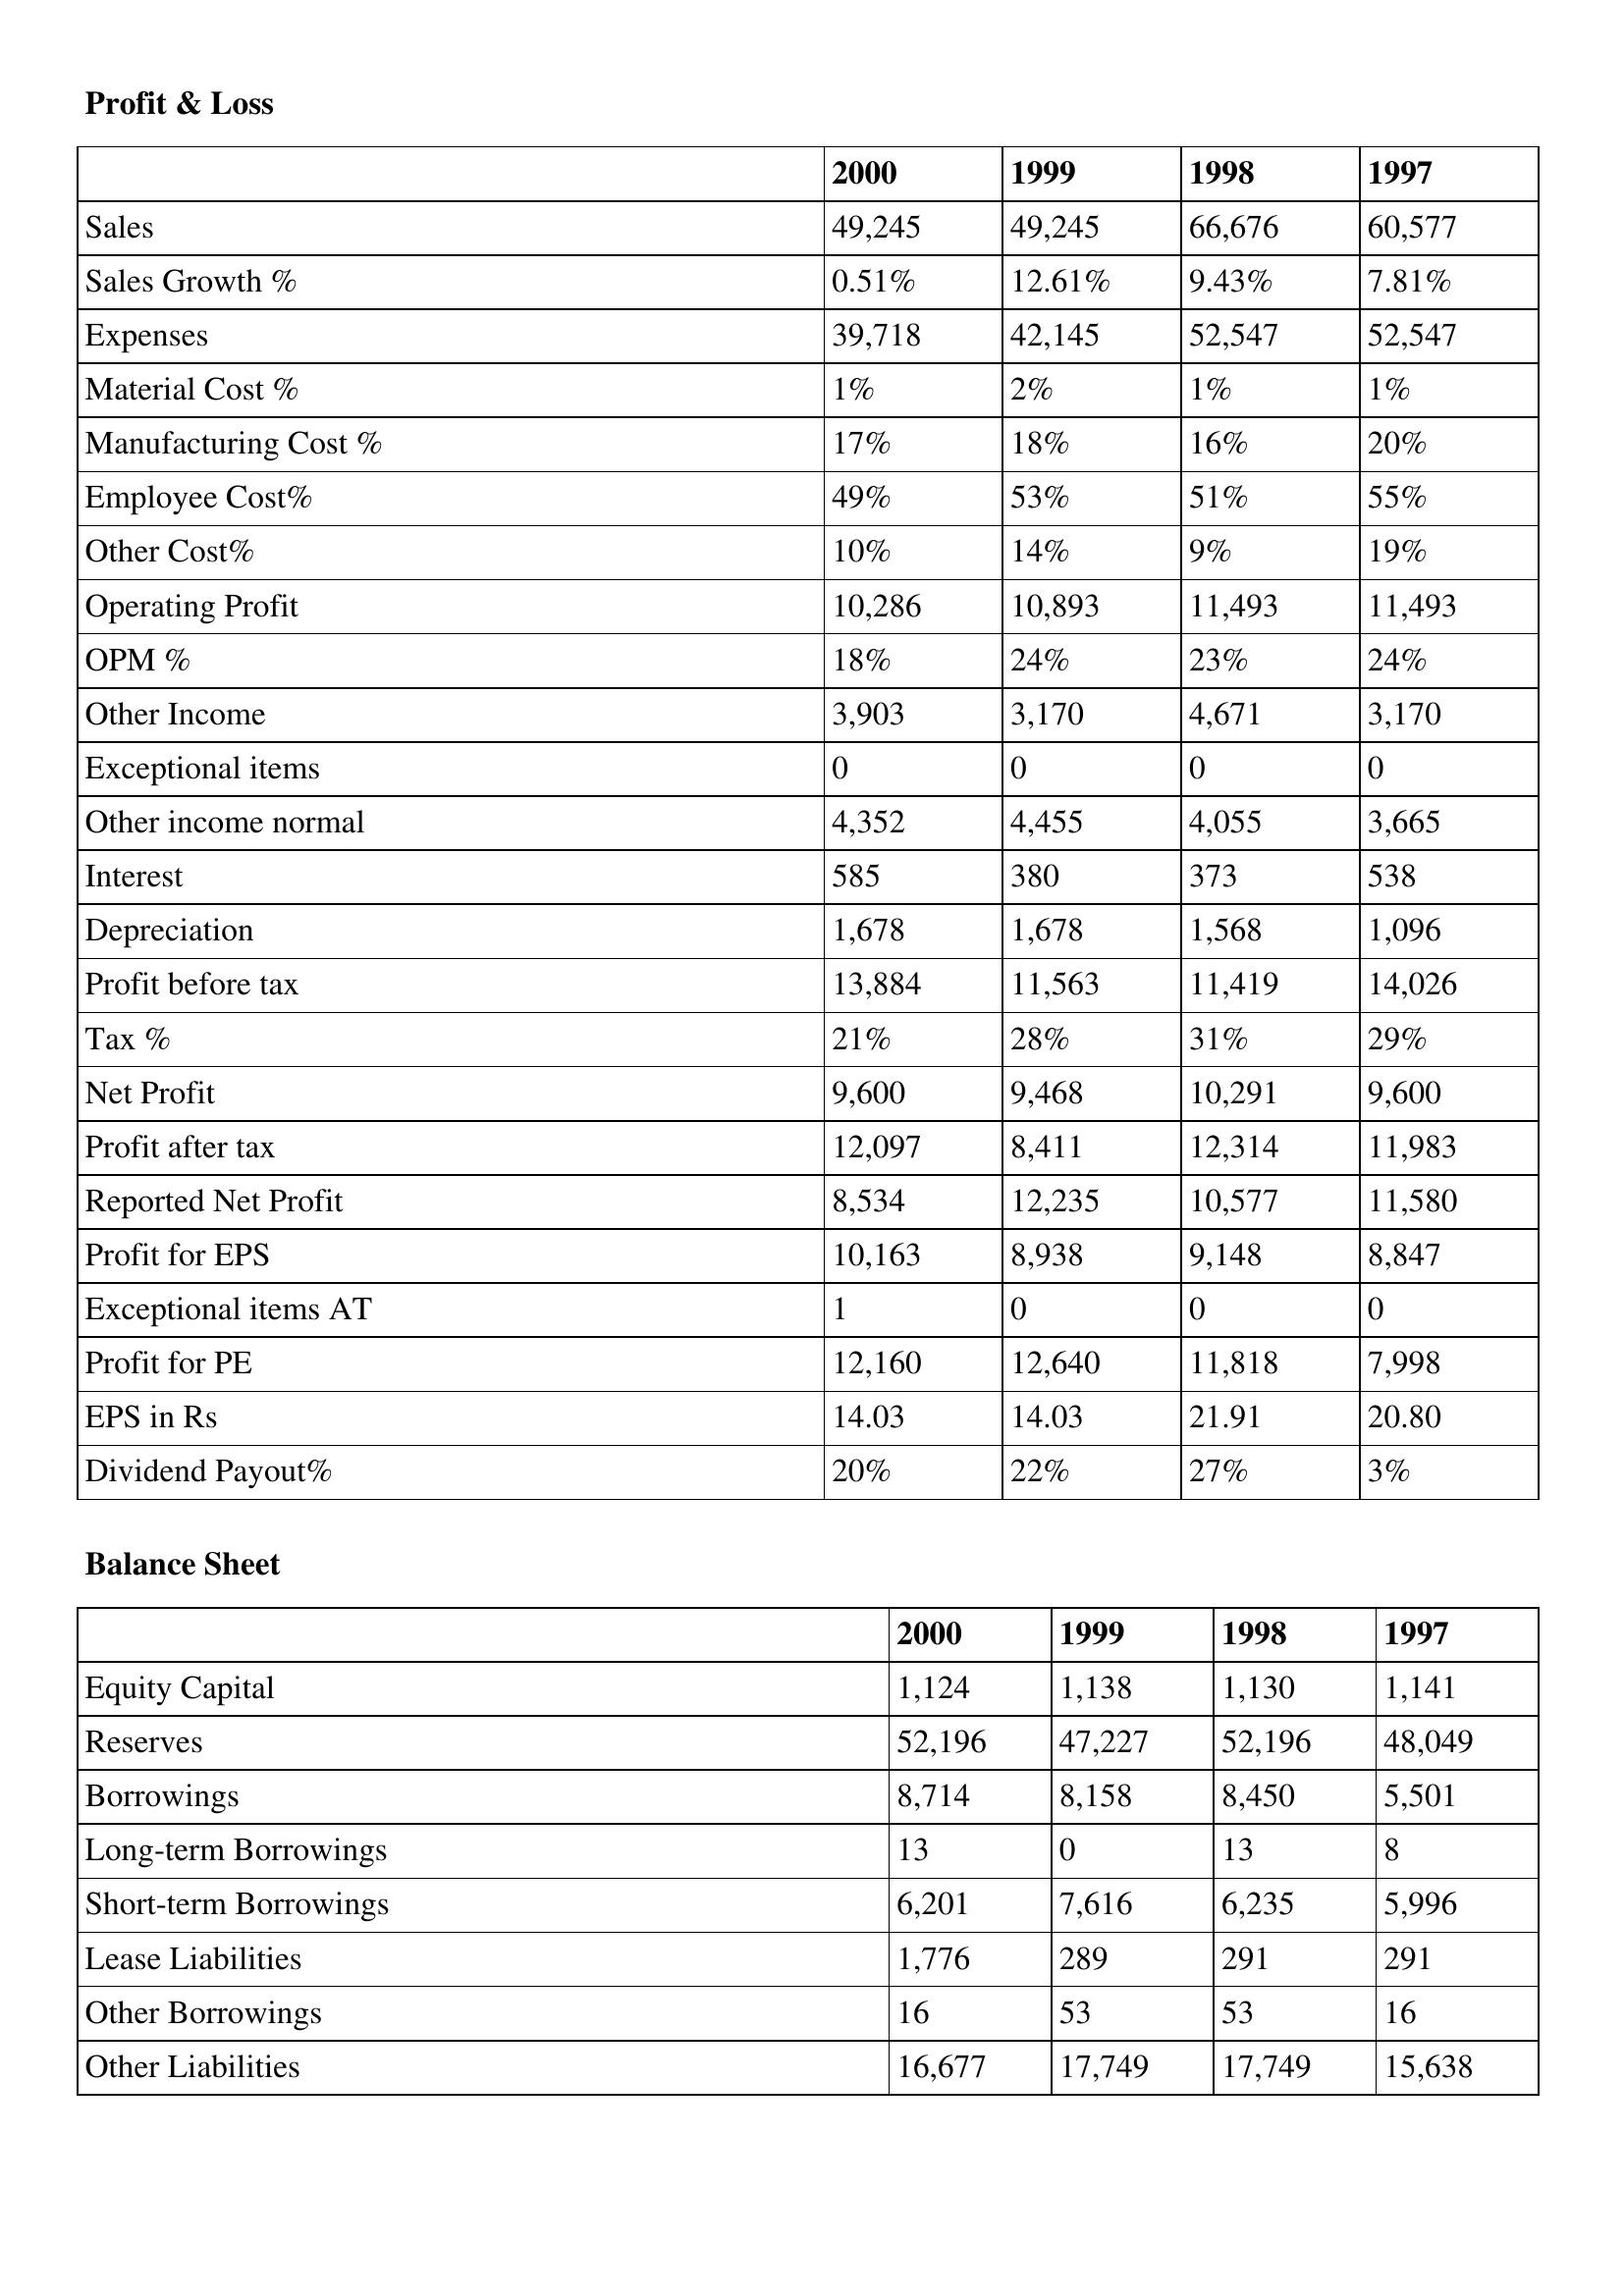
gt_parse: 2000: Profit & Loss: Sales: 49,245
Sales Growth %: 0.51%
Expenses: 39,718
Material Cost %: 1%
Manufacturing Cost %: 17%
Employee Cost%: 49%
Other Cost%: 10%
Operating Profit: 10,286
OPM %: 18%
Other Income: 3,903
Exceptional items: 0
Other income normal: 4,352
Interest: 585
Depreciation: 1,678
Profit before tax: 13,884
Tax %: 21%
Net Profit: 9,600
Profit after tax: 12,097
Reported Net Profit: 8,534
Profit for EPS: 10,163
Exceptional items AT: 1
Profit for PE: 12,160
EPS in Rs: 14.03
Dividend Payout%: 20%
Balance Sheet: Equity Capital: 1,124
Reserves: 52,196
Borrowings: 8,714
Long-term Borrowings: 13
Short-term Borrowings: 6,201
Lease Liabilities: 1,776
Other Borrowings: 16
Other Liabilities: 16,677
1999: Profit & Loss: Sales: 49,245
Sales Growth %: 12.61%
Expenses: 42,145
Material Cost %: 2%
Manufacturing Cost %: 18%
Employee Cost%: 53%
Other Cost%: 14%
Operating Profit: 10,893
OPM %: 24%
Other Income: 3,170
Exceptional items: 0
Other income normal: 4,455
Interest: 380
Depreciation: 1,678
Profit before tax: 11,563
Tax %: 28%
Net Profit: 9,468
Profit after tax: 8,411
Reported Net Profit: 12,235
Profit for EPS: 8,938
Exceptional items AT: 0
Profit for PE: 12,640
EPS in Rs: 14.03
Dividend Payout%: 22%
Balance Sheet: Equity Capital: 1,138
Reserves: 47,227
Borrowings: 8,158
Long-term Borrowings: 0
Short-term Borrowings: 7,616
Lease Liabilities: 289
Other Borrowings: 53
Other Liabilities: 17,749
1998: Profit & Loss: Sales: 66,676
Sales Growth %: 9.43%
Expenses: 52,547
Material Cost %: 1%
Manufacturing Cost %: 16%
Employee Cost%: 51%
Other Cost%: 9%
Operating Profit: 11,493
OPM %: 23%
Other Income: 4,671
Exceptional items: 0
Other income normal: 4,055
Interest: 373
Depreciation: 1,568
Profit before tax: 11,419
Tax %: 31%
Net Profit: 10,291
Profit after tax: 12,314
Reported Net Profit: 10,577
Profit for EPS: 9,148
Exceptional items AT: 0
Profit for PE: 11,818
EPS in Rs: 21.91
Dividend Payout%: 27%
Balance Sheet: Equity Capital: 1,130
Reserves: 52,196
Borrowings: 8,450
Long-term Borrowings: 13
Short-term Borrowings: 6,235
Lease Liabilities: 291
Other Borrowings: 53
Other Liabilities: 17,749
1997: Profit & Loss: Sales: 60,577
Sales Growth %: 7.81%
Expenses: 52,547
Material Cost %: 1%
Manufacturing Cost %: 20%
Employee Cost%: 55%
Other Cost%: 19%
Operating Profit: 11,493
OPM %: 24%
Other Income: 3,170
Exceptional items: 0
Other income normal: 3,665
Interest: 538
Depreciation: 1,096
Profit before tax: 14,026
Tax %: 29%
Net Profit: 9,600
Profit after tax: 11,983
Reported Net Profit: 11,580
Profit for EPS: 8,847
Exceptional items AT: 0
Profit for PE: 7,998
EPS in Rs: 20.80
Dividend Payout%: 3%
Balance Sheet: Equity Capital: 1,141
Reserves: 48,049
Borrowings: 5,501
Long-term Borrowings: 8
Short-term Borrowings: 5,996
Lease Liabilities: 291
Other Borrowings: 16
Other Liabilities: 15,638